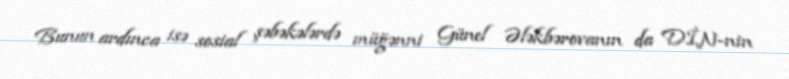
Bunun ardınca isə sosial şəbəkələrdə müğənni Günel Ələkbərovanın da DİN-nin